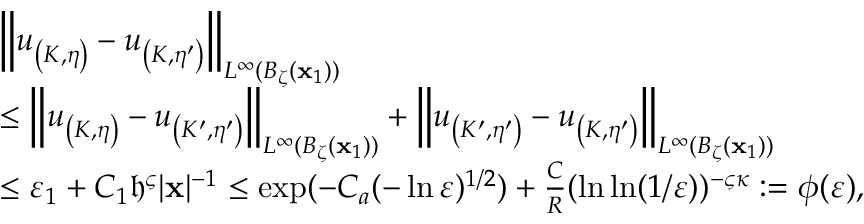
\begin{array} { r l } & { \left\| u _ { \left( K , \eta \right) } - { u _ { \left( K , \eta ^ { \prime } \right) } } \right\| _ { L ^ { \infty } ( B _ { \zeta } ( \mathbf x _ { 1 } ) ) } } \\ & { \leq \left\| u _ { \left( K , \eta \right) } - { u _ { \left( K ^ { \prime } , \eta ^ { \prime } \right) } } \right\| _ { L ^ { \infty } ( B _ { \zeta } ( \mathbf x _ { 1 } ) ) } + \left\| u _ { \left( K ^ { \prime } , \eta ^ { \prime } \right) } - { u _ { \left( K , \eta ^ { \prime } \right) } } \right\| _ { L ^ { \infty } ( B _ { \zeta } ( \mathbf x _ { 1 } ) ) } } \\ & { \leq \varepsilon _ { 1 } + C _ { 1 } \mathfrak h ^ { \varsigma } | \mathbf x | ^ { - 1 } \leq \exp ( - C _ { a } ( - \ln \varepsilon ) ^ { 1 / 2 } ) + { \frac { C } { R } ( \ln \ln ( 1 / \varepsilon ) ) ^ { - \varsigma \kappa } } : = \phi ( \varepsilon ) , } \end{array}